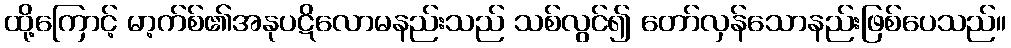
ထို့ကြောင့် မာ့က်စ်၏အနုပဋိလောမနည်းသည် သစ်လွင်၍ တော်လှန်သောနည်းဖြစ်ပေသည်။